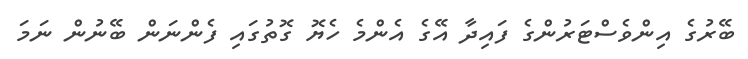
ބޭރުގެ އިންވެސްޓަރުންގެ ފައިދާ އޭގެ އެންމެ ހެޔޮ ގޮތުގައި ފެންނަން ބޭނުން ނަމަ